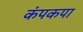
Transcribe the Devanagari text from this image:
कंपकपा